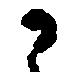
か